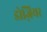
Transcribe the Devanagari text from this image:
डोज़ियर